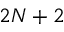
2 N + 2